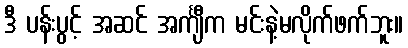
ဒီ ပန်းပွင့် အဆင် အင်္ကျီက မင်းနဲ့မလိုက်ဖက်ဘူး။